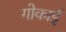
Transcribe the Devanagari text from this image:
गोकाई